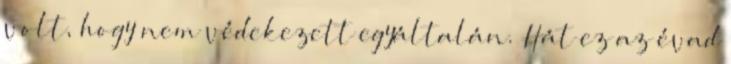
volt, hogy nem védekezett egyáltalán. Hát ez az évad